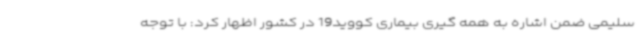
سلیمی ضمن اشاره به همه گیری بیماری کووید19 در کشور اظهار کرد: با توجه